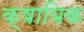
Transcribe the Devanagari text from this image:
क्षायिक